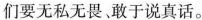
们要无私无畏敢于说真话。